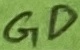
Text: GD